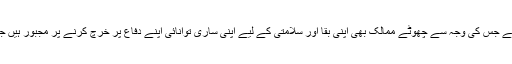
طاقت کے نشے میں دھت ہر بڑی ریاست اپنے سے کمزور اور چھوٹی ریاست کو اپنی کالونی بنانے پر بضد ہے جس کی وجہ سے چھوٹے ممالک بھی اپنی بقا اور سلامتی کے لیے اپنی ساری توانائی اپنے دفاع پر خرچ کرنے پر مجبور ہیں جس کے باعث ان غریب ممالک میں غربت مہنگائی اور بیروزگاری جیسے مسائل میں مستقل اضافہ ہو رہا ہے۔